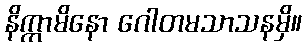
နိက္ကာမိနော ဂေါတမသာသနမှိ။